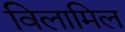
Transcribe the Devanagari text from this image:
विलामिल